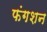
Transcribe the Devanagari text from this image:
फंगशन